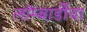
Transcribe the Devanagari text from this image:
लॉम्बार्डीचा